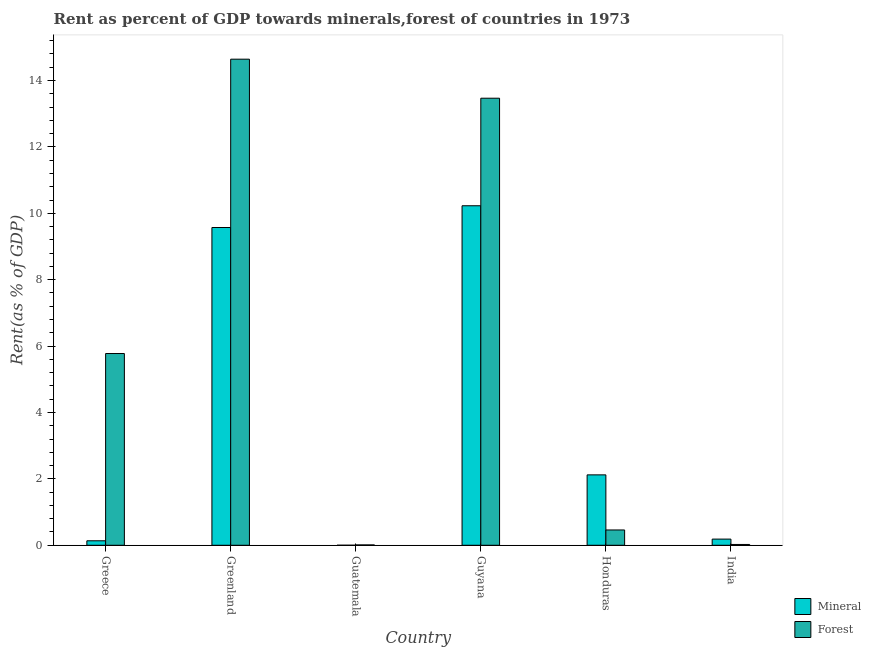
| Country | Mineral | Forest |
 | --- | --- | --- |
 | Greece | 0.135 | 5.78 |
 | Greenland | 9.57 | 14.6 |
 | Guatemala | 0.00108 | 0.0108 |
 | Guyana | 10.2 | 13.5 |
 | Honduras | 2.12 | 0.461 |
 | India | 0.186 | 0.0247 |